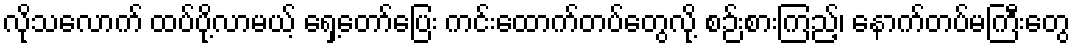
လိုသလောက် ထပ်ပို့လာမယ့် ရှေ့တော်ပြေး ကင်းထောက်တပ်တွေလို့ စဉ်းစားကြည့်၊ နောက်တပ်မကြီးတွေ